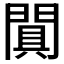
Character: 𨵙